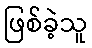
ဖြစ်ခဲ့သူ